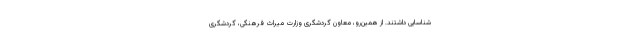
شناسایی داشتند. از همین‌رو، معاون گردشگری وزارت میراث فرهنگی، گردشگری